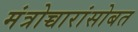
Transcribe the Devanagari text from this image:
मंत्रोच्चारांसोबत